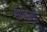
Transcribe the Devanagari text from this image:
सॅपच्या